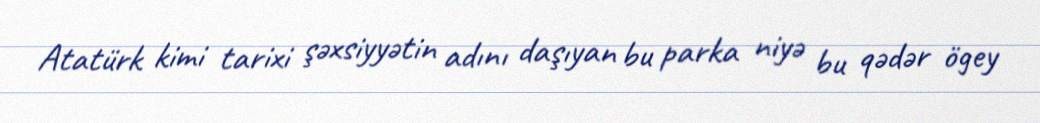
Atatürk kimi tarixi şəxsiyyətin adını daşıyan bu parka niyə bu qədər ögey